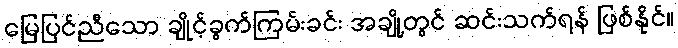
မြေပြင်ညီသော ချိုင့်ခွက်ကြမ်းခင်း အချို့တွင် ဆင်းသက်ရန် ဖြစ်နိုင်။